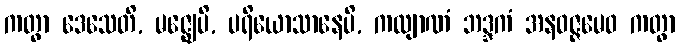
ကတွာ ဒေသေတိ, မဇ္ဈေပိ, ပရိယောသာနေပိ, ကလျာဏံ ဘဒ္ဒကံ အနဝဇ္ဇမေဝ ကတွာ